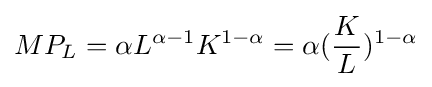
MP_{L}=\alpha L^{\alpha -1}K^{1-\alpha }=\alpha ({\frac {K}{L}})^{1-\alpha }